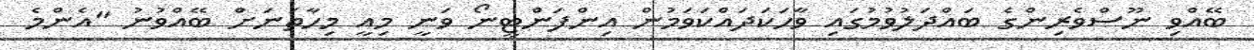
ބޭއްވި ނޫސްވެރިންގެ ބައްދަލުވުމުގައި ވާހަކަދައްކަވަމުން އިންފަންޓީނޯ ވަނީ މިއީ މިހާތަނަށް ބޭއްވުނު "އެންމެ